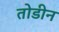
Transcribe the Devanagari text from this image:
तोडीन